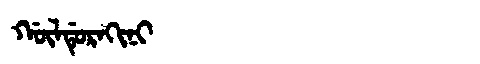
Manchu: ᡤᡡᠯᡩᡠᡵᠠᡴᡳᠨᡳ
Romanization: GŪLDURAKINI